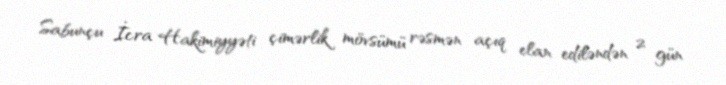
Sabunçu İcra Hakimiyyəti çimərlik mövsümü rəsmən açıq elan ediləndən 2 gün